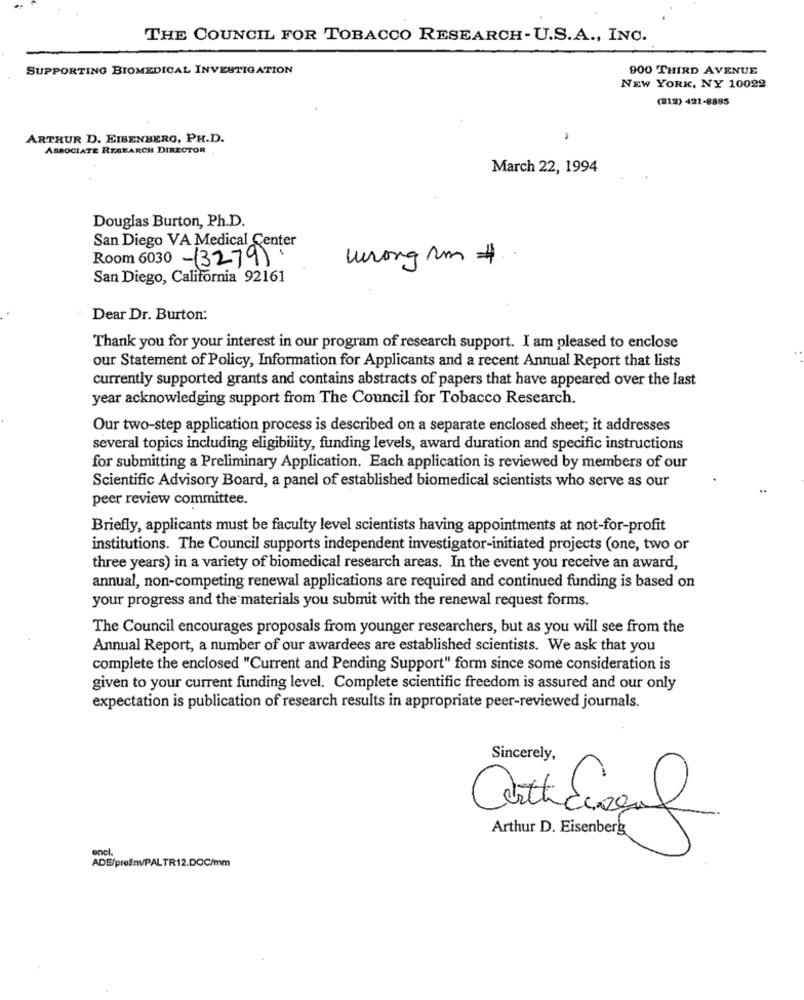
THE COUNCIL FOR TOBACCO RESEARCH-U.S.A ., INC.
SUPPORTING BIOMEDICAL INVESTIGATION
900 THIRD AVENUE
NEW YORK, NY 10022
(212) 421-8885
ARTHUR D. EISENBERG, PH.D.
ASSOCIATE RESEARCH DIRECTOR
March 22, 1994
Douglas Burton, Ph.D.
San Diego VA Medical Center
Room 6030 -(3279)
wrong um #
San Diego, California 92161
Dear Dr. Burton:
Thank you for your interest in our program of research support. I am pleased to enclose
our Statement of Policy, Information for Applicants and a recent Annual Report that lists
currently supported grants and contains abstracts of papers that have appeared over the last
year acknowledging support from The Council for Tobacco Research.
Our two-step application process is described on a separate enclosed sheet; it addresses
several topics including eligibility, funding levels, award duration and specific instructions
for submitting a Preliminary Application. Each application is reviewed by members of our
Scientific Advisory Board, a panel of established biomedical scientists who serve as our
peer review committee.
Briefly, applicants must be faculty level scientists having appointments at not-for-profit
institutions. The Council supports independent investigator-initiated projects (one, two or
three years) in a variety of biomedical research areas. In the event you receive an award,
annual, non-competing renewal applications are required and continued funding is based on
your progress and the materials you submit with the renewal request forms.
The Council encourages proposals from younger researchers, but as you will see from the
Annual Report, a number of our awardees are established scientists. We ask that you
complete the enclosed "Current and Pending Support" form since some consideration is
given to your current funding level. Complete scientific freedom is assured and our only
expectation is publication of research results in appropriate peer-reviewed journals.
Sincerely,
Contaciscal
Arthur D. Eisenberg
ADE/preffnvPALTR12.DOC/mm